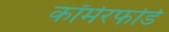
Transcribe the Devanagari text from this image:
कॉमेरफोर्ड